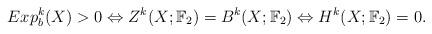
LaTeX: \begin{align*}Exp_b^k(X) > 0 \Leftrightarrow Z^k(X;\mathbb{F}_2) = B^k(X;\mathbb{F}_2) \Leftrightarrow H^k(X;\mathbb{F}_2) = 0.\end{align*}